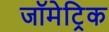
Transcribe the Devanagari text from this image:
जॉमेट्रिक